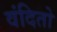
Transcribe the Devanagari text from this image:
वंदितो